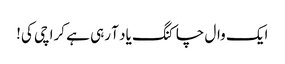
ایک وال چاکنگ یاد آ رہی ہے کراچی کی!